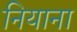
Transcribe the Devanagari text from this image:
नियाना